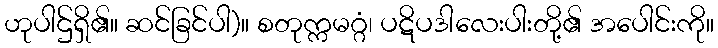
ဟုပါဌ်ရှိ၏။ ဆင်ခြင်ပါ)။ စတုက္ကမဂ္ဂံ၊ ပဋိပဒါလေးပါးတို့၏ အပေါင်းကို။